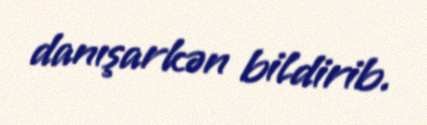
danışarkən bildirib.